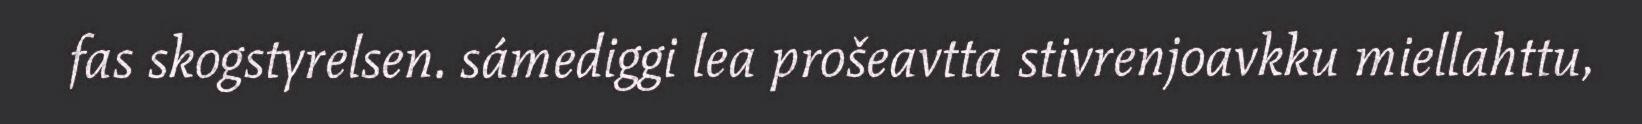
fas skogstyrelsen. sámediggi lea prošeavtta stivrenjoavkku miellahttu,